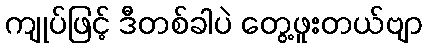
ကျုပ်ဖြင့် ဒီတစ်ခါပဲ တွေ့ဖူးတယ်ဗျာ